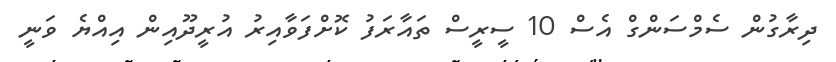
ދިރާގުން ސެމްސަންގް އެސް 10 ސީރީސް ތައާރަފު ކޮށްފަވާއިރު އުރީދޫއިން އިއްޔެ ވަނީ